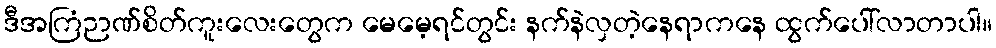
ဒီအကြံဉာဏ်စိတ်ကူးလေးတွေက မေမေ့ရင်တွင်း နက်နဲလှတဲ့နေရာကနေ ထွက်ပေါ်လာတာပါ။